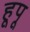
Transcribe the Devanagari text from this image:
हूपू